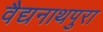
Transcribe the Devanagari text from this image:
वैद्यनाथपुरा